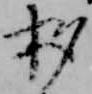
杓